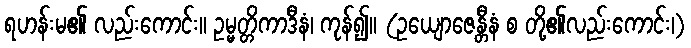
ရဟန်းမ၏ လည်းကောင်း။ ဥမ္မတ္တိကာဒီနံ၊ ကုန်၍။ (ဥယျောဇေန္တီနံ စ တို့၏လည်းကောင်း၊)